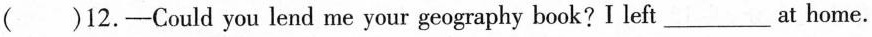
()12.-Could you lend me your geography book? I left___at home.